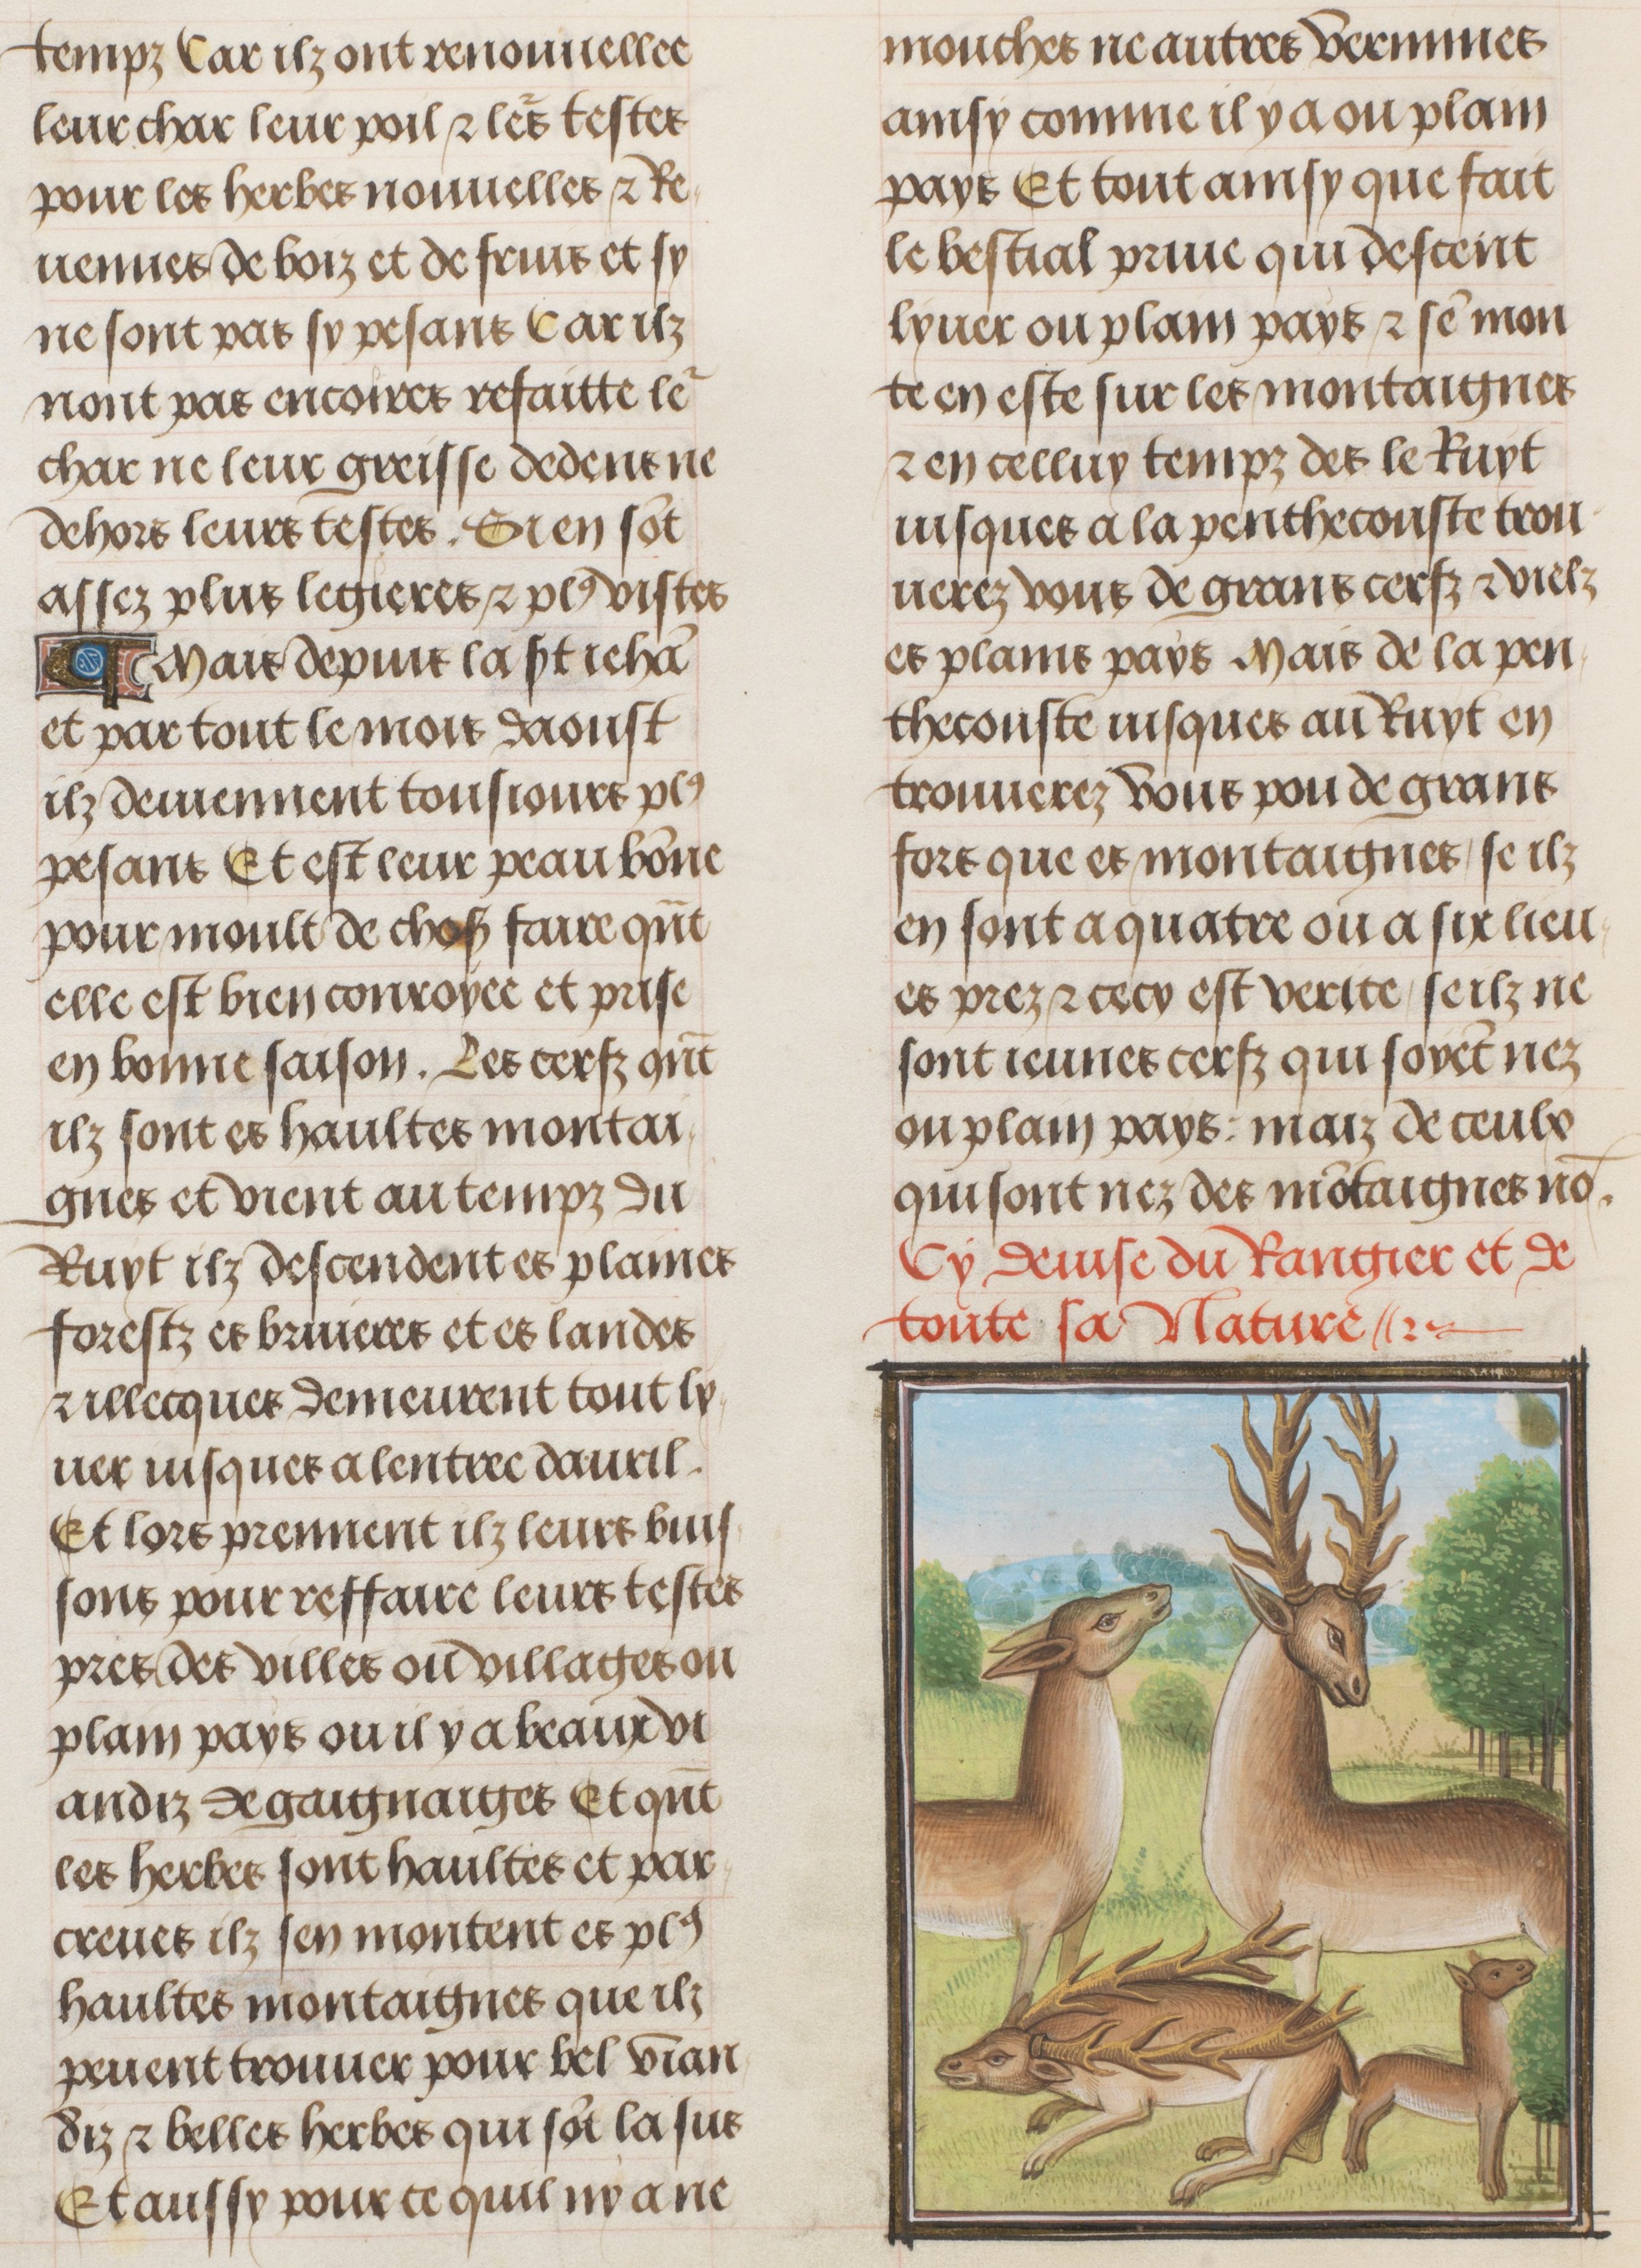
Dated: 1470–1500